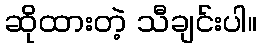
ဆိုထားတဲ့ သီချင်းပါ။